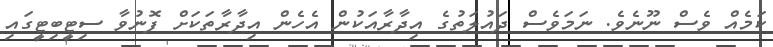
ކަމެއް ވެސް ނޫނެވެ. ނަމަވެސް ދައުލަތުގެ އިދާރާއަކުން އެހެން އިދާރާތަކަށް ފޮނުވާ ސިޓީބިޓީގައި